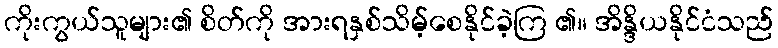
ကိုးကွယ်သူများ၏ စိတ်ကို အားရနှစ်သိမ့်စေနိုင်ခဲ့ကြ ၏။ အိန္ဒိယနိုင်ငံသည်